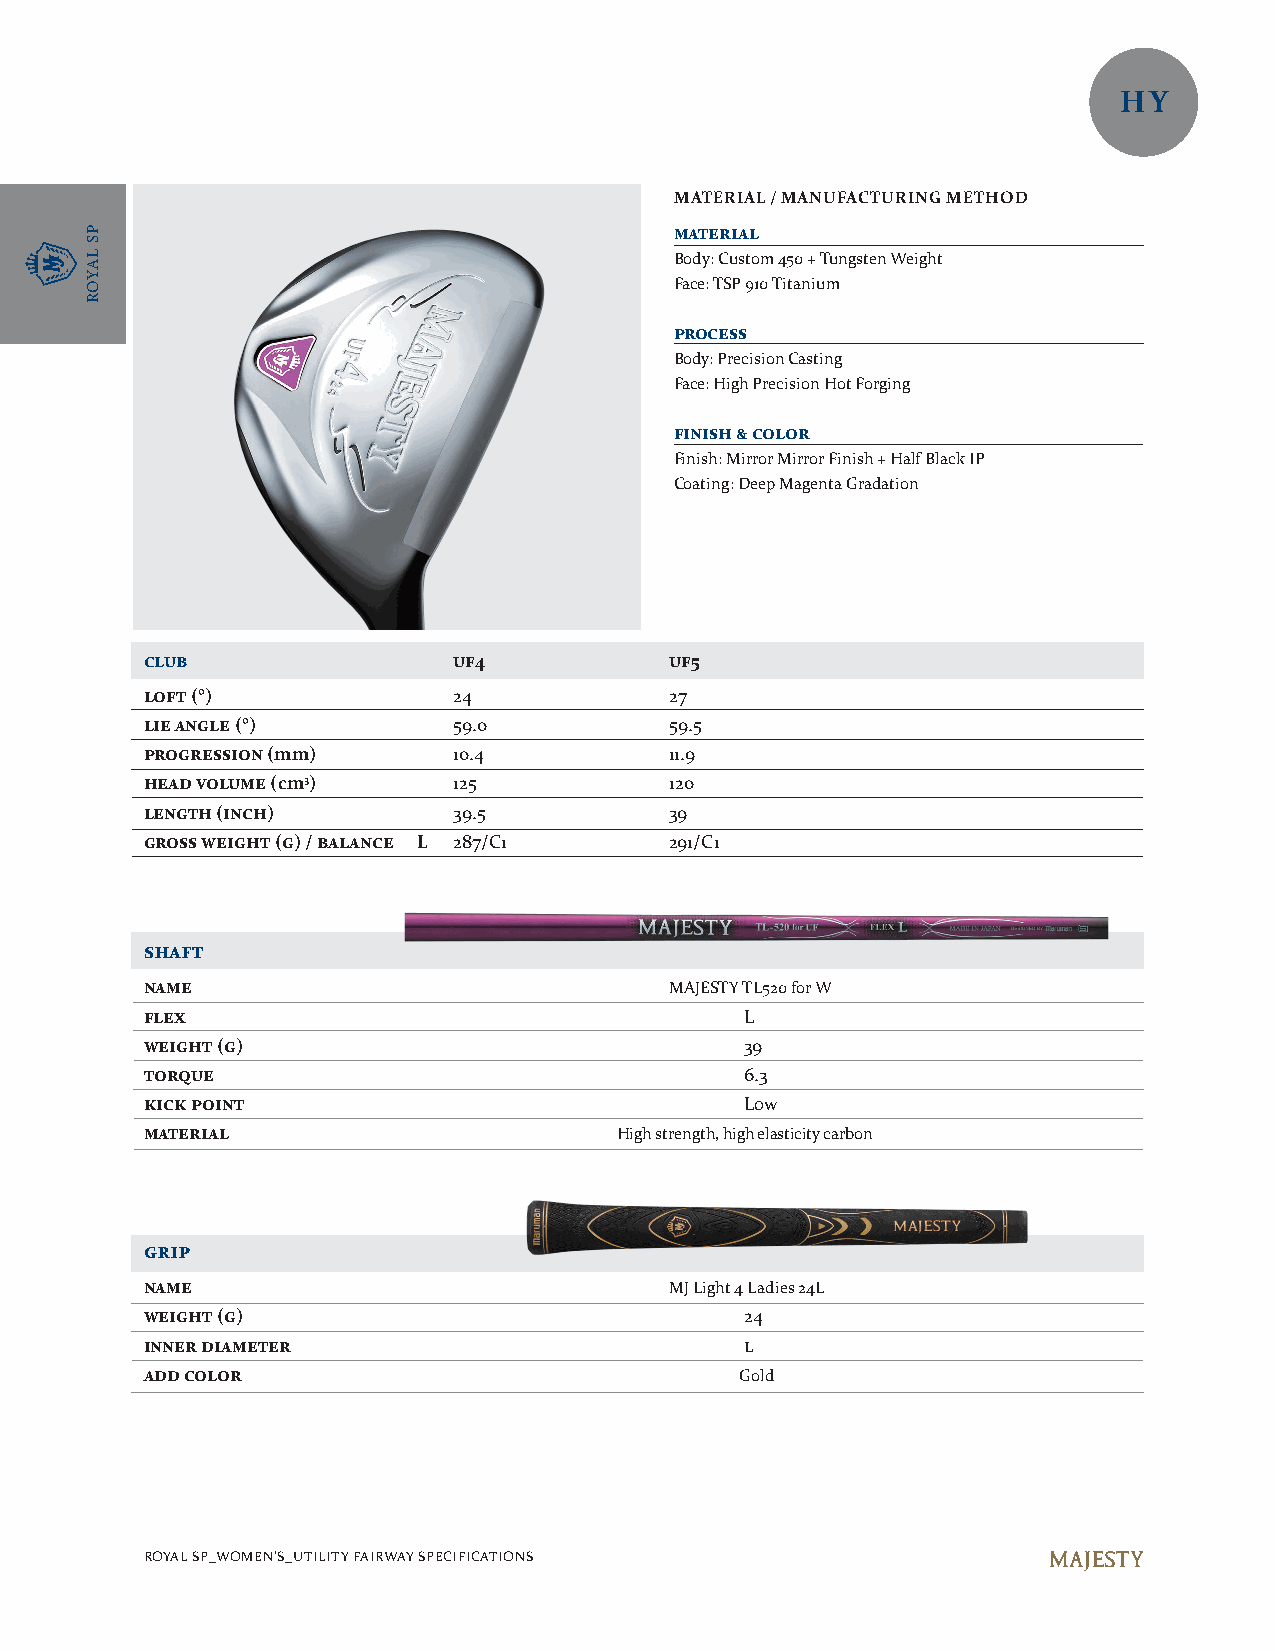
HY
 MATERIAL / MANUFACTURING METHOD
 material
 Body: Custom 450 + Tungsten Weight
 Face: TSP 910 Titanium
 process
 Body: Precision Casting
 Face: High Precision Hot Forging
 finish & color
 Finish: Mirror Mirror Finish + Half Black IP
 Coating: Deep Magenta Gradation
 club                uf4           uf5
 loft (°)            24            27
 lie angle (°)       59.0          59.5
 progression (mm)    10.4          11.9
 head volume (cm3)   125           120
 length (inch)       39.5          39
 gross weight (g) / balance L 287/C1 291/C1
 shaft
 name                              MAJESTY TL520 for W
 flex                                   L
 weight (g)                             39
 torque                                 6.3
 kick point                             Low
 material                       High strength, high elasticity carbon
 grip
 name                              MJ Light 4 Ladies 24L
 weight (g)                             24
 inner diameter                         l
 add color                              Gold
 ROYAL SP_WOMEN'S_UTILITY FAIRWAY SPECIFICATIONS
 PS
 LAYOR